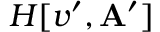
H [ v ^ { \prime } , \mathbf { A } ^ { \prime } ]